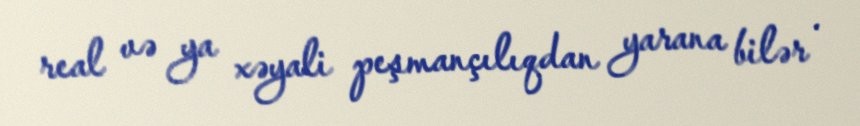
real və ya xəyali peşmançılıqdan yarana bilər .